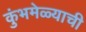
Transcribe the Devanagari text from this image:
कुंभमेळ्याची